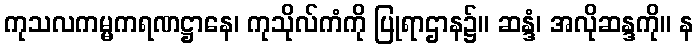
ကုသလကမ္မကရဏဋ္ဌာနေ၊ ကုသိုလ်ကံကို ပြုရာဌာန၌။ ဆန္ဒံ၊ အလိုဆန္ဒကို။ န